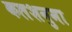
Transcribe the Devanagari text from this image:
कलशनुमा